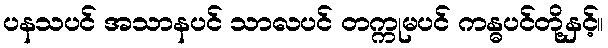
ပနသပင် အသာနပင် သာလပင် တက္ကုမပင် ကန္ဓပင်တို့နှင့်။